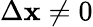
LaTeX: \Delta\mathbf{x}\neq0